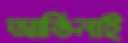
আঙিনাই